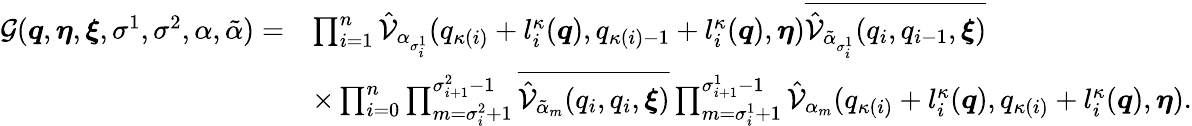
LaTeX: \begin{array}{rl}{\mathcal{G}(\boldsymbol{q},\boldsymbol{\eta},\boldsymbol{\xi},\sigma^{1},\sigma^{2},\alpha,\tilde{\alpha})=}&{\prod_{i=1}^{n}\hat{\mathcal{V}}_{\alpha_{\sigma_{i}^{1}}}(q_{\kappa(i)}+l_{i}^{\kappa}(\boldsymbol{q}),q_{\kappa(i)-1}+l_{i}^{\kappa}(\boldsymbol{q}),\boldsymbol{\eta})\overline{{\hat{\mathcal{V}}_{\tilde{\alpha}_{\sigma_{i}^{1}}}(q_{i},q_{i-1},\boldsymbol{\xi})}}}\\ &{\times\prod_{i=0}^{n}\prod_{m=\sigma_{i}^{2}+1}^{\sigma_{i+1}^{2}-1}\overline{{\hat{\mathcal{V}}_{\tilde{\alpha}_{m}}(q_{i},q_{i},\boldsymbol{\xi})}}\prod_{m=\sigma_{i}^{1}+1}^{\sigma_{i+1}^{1}-1}\hat{\mathcal{V}}_{\alpha_{m}}(q_{\kappa(i)}+l_{i}^{\kappa}(\boldsymbol{q}),q_{\kappa(i)}+l_{i}^{\kappa}(\boldsymbol{q}),\boldsymbol{\eta}).}\end{array}